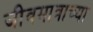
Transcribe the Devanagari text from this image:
जीवमात्राच्या